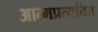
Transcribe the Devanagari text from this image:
आत्मप्रत्ययित